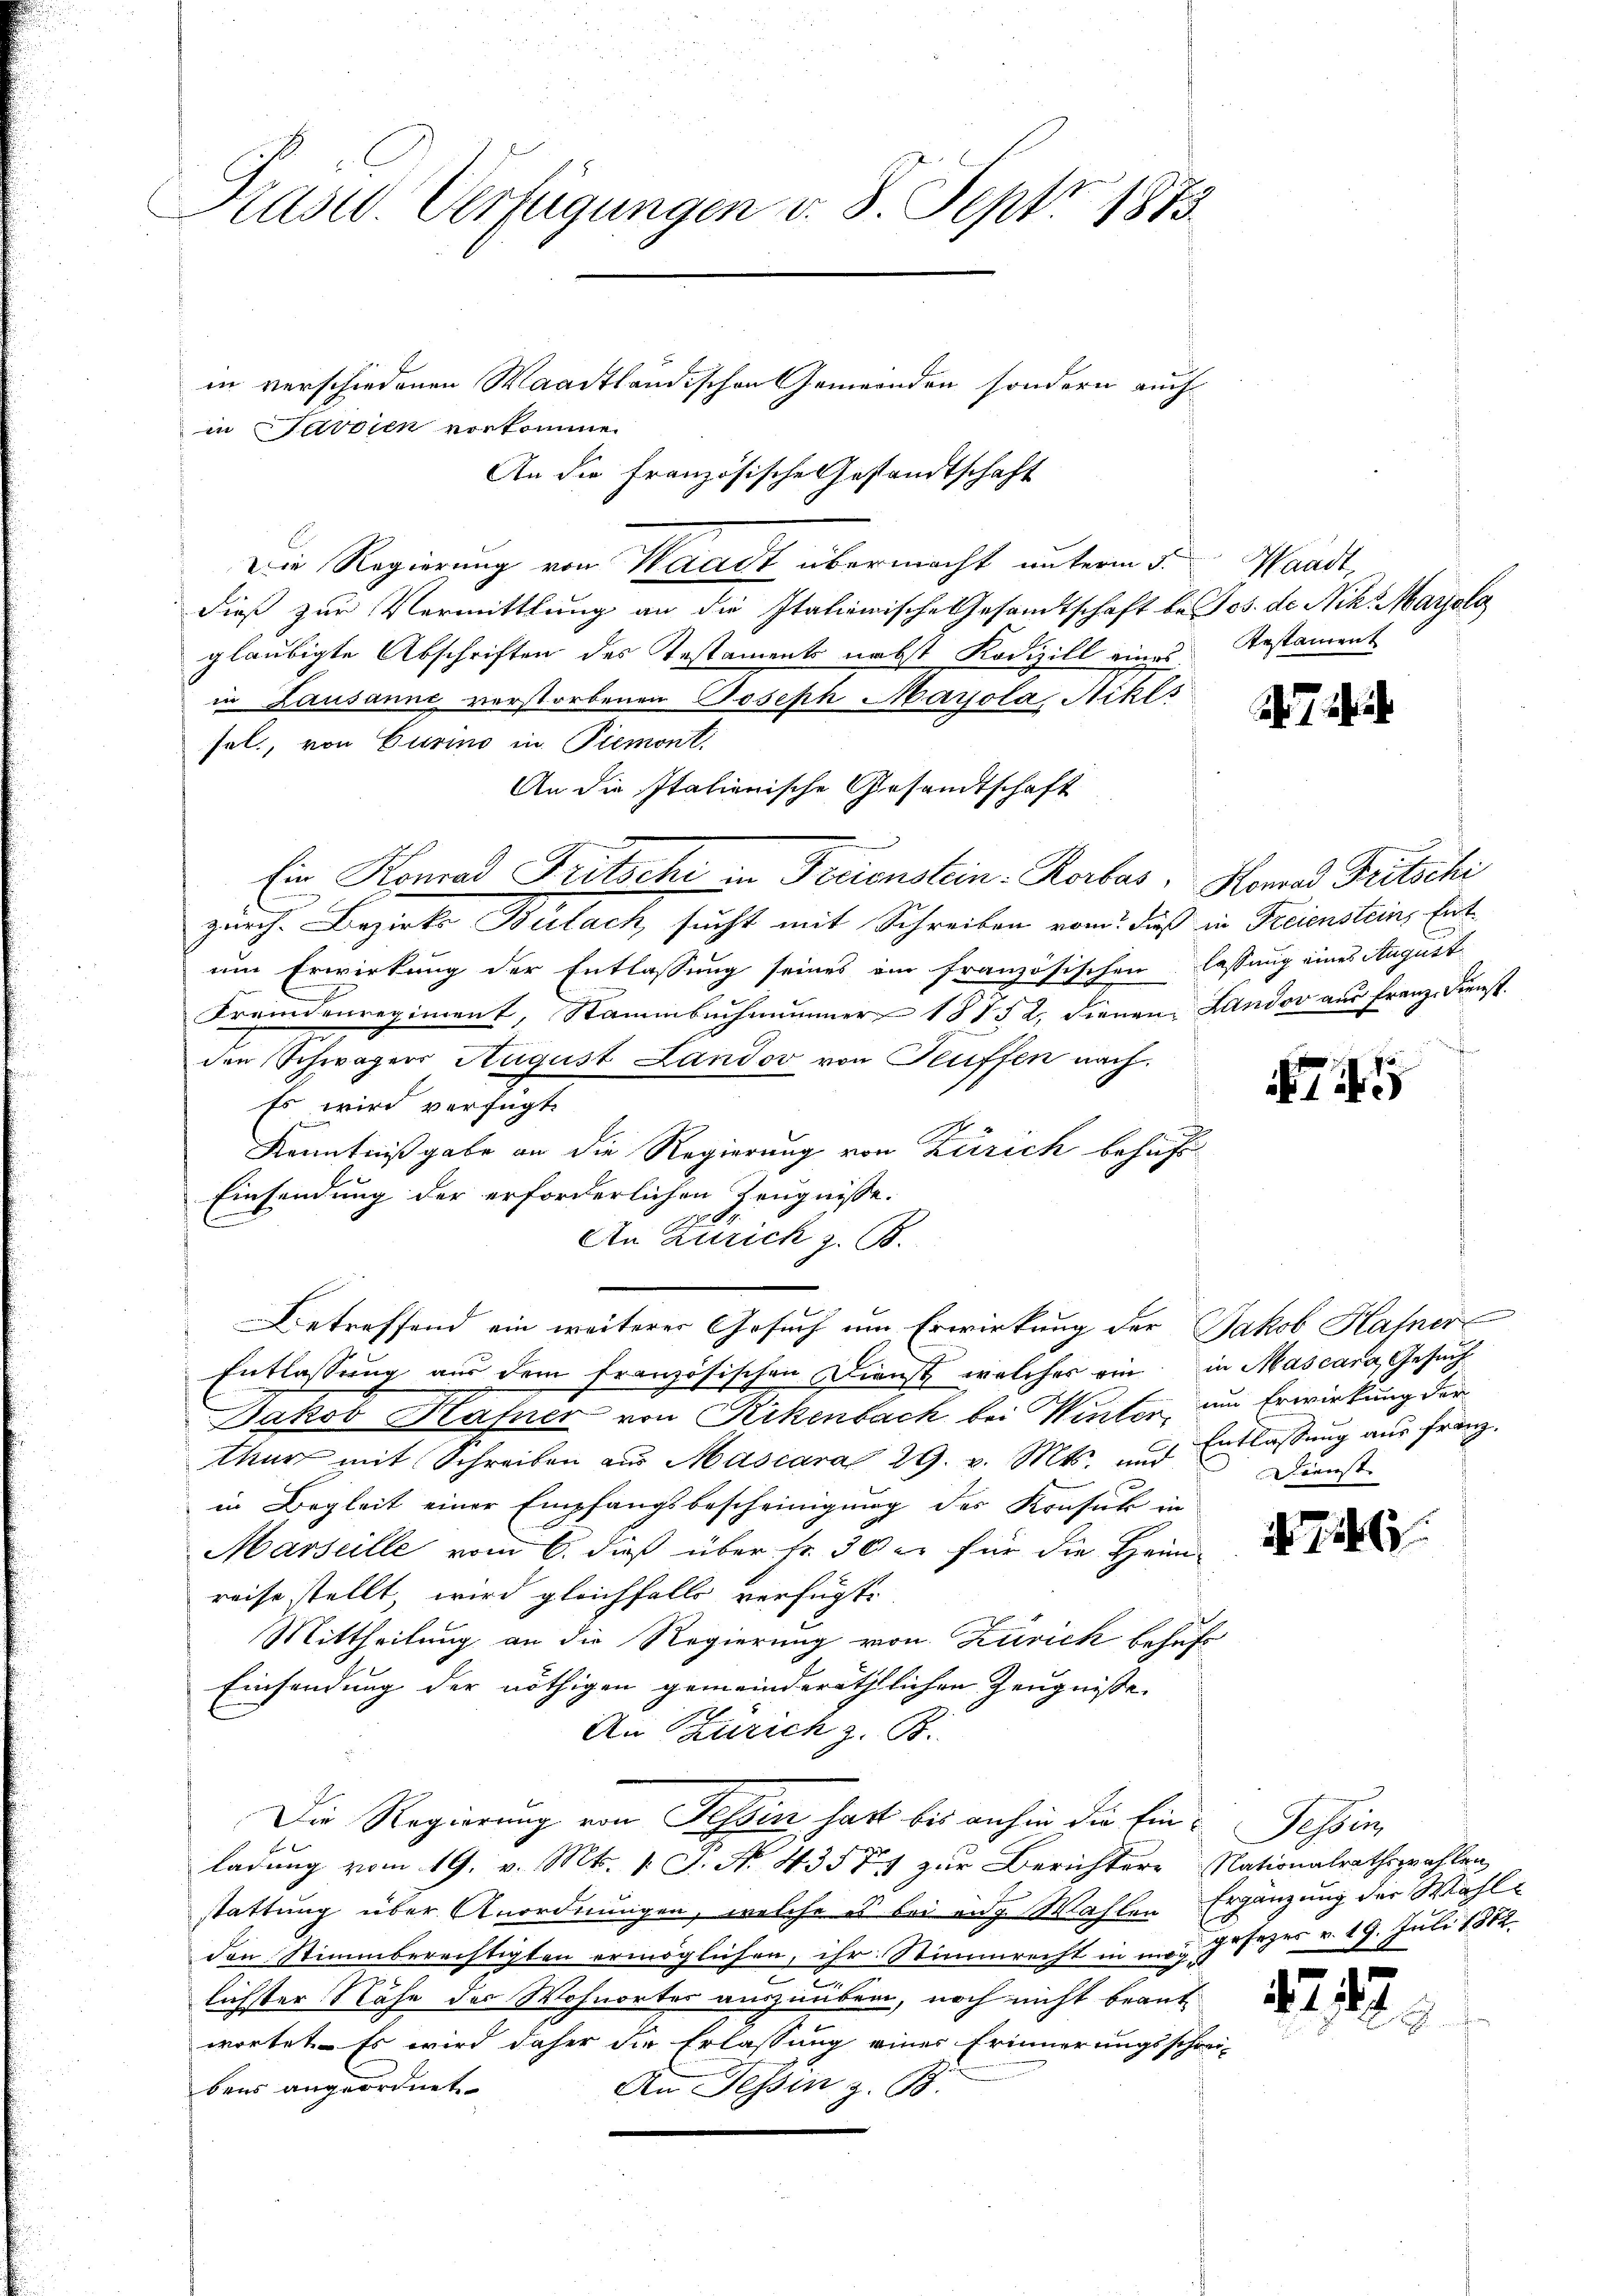
Prase. Verfügungen v. 8. Sept. 1873.

in verschiedenen Waadtländischen Gemeinden sondern auch
in Savodien vorkomme.
Die Regierung von Waadt übermacht unterm 3. Waadt,
dieß zur Vermittlung an die Italienische Gesandtschaft bei ob. de Nik. Marzola
gläubigte Abschriften des Testaments nebst Kodizill eines Testament
in Lausanne verstorbenen Joseph Mayola Nikls
sel, von Curino in Piemont.
An die Italienische Gesandtschaft
Ein Konrad Fritsche in Freienstein Rorbas, Horned Fritschi
zürich. Bezirk Bülach, sucht mit Schreiben vom dieß in Ferienstein, Entum Erwirkung der Entlassung seines ein französischen lassung eines August
Fremdenregiment, Stammbuchmanner 18152, dienen Landov aus Franz-Dienst.
den Schwager August Landos von Teuffen nach
Es wird verfügt:
Kenntnißgabe an die Regierung von Zürich behufs¬
Einsendung der erforderlichen Zeugnisse.
An Zürich z. B.
Betreffend ein weiterer Gesuch um Erwirkung der Jakob Hafner
Entlassung aus dem französischen Dienst welches ein in Mascara, Gesuch
Jakob Hafner von Rikenbach bei Winter, um Erwirkung der
thur mit Schreiben aus Mascara 29. v. Mts. und Entlassung aus franz.
in Begleit einer Empfangsbescheinigung des Konsik in
Marseille vom 6. dieß über fr. 30 er für die Heimreise stellt, wird gleichfalls verfügt:
Mittheilung an die Regierung von Zürick behufs
Einsendung der nöthigen gemeinderäthlichen Zeugnisse
An Zürich z. B.
Die Regierung von Tessin hatt bis anhin die Ein-Tessin,
ladung vom 19. v. Mts. 1. J. No. 43574 zur Berichtere Nationalrathswahlen
stattung über Anordnungen, welche es bei eng Wahlen Ergänzung der Wahlden Stimmberechtigten ermöglichen, ihr Stimmrecht in mag gesezes v. 19. Juli 1882.
lichster Nähe des Wohnortes auszuüber, noch nicht beantwortet. Es wird daher die Erlassung einer Erinnerungsschrei-
bens angeordnet
An Tessin z. B.

An die Französische Gestandtschaft

Dienst. |

77

12